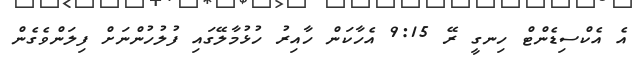
އެ އެކްސިޑެންޓް ހިނގީ ރޭ 9:15 އެހާކަން ހާއިރު ހުޅުމާލޭގައި ފުލުހުންނަށް ފިލަންވެގެން